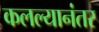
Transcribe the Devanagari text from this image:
कलल्यानंतर